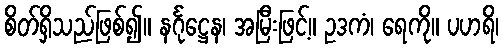
စိတ်ရှိသည်ဖြစ်၍။ နင်္ဂုဋ္ဌေန၊ အမြီးဖြင့်။ ဥဒကံ၊ ရေကို။ ပဟရိ၊